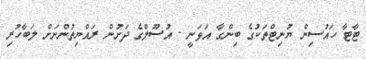
ޓާޓާ ހައުސިން ޔުނިޓްތަކުގެ ބިންގާ އަޅަނީ - އުސޫލްގެ ދަށުން ރައްޔިތުންނަށް ލަބާހުރި